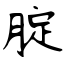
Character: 腚